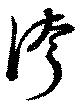
侉